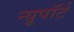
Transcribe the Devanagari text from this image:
न्यूपाॅर्ट